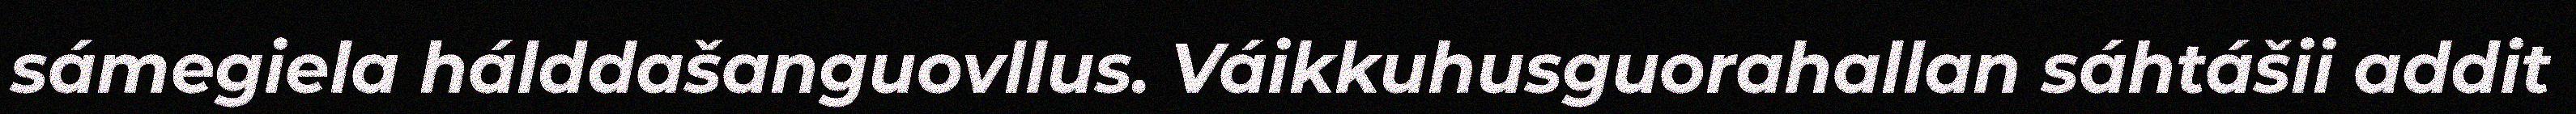
sámegiela hálddašanguovllus. Váikkuhusguorahallan sáhtášii addit